system: You are a helpful assistant.
user:
Analyze the provided spectrum to determine if it is a **White Dwarf (WD)**.

A White Dwarf spectrum is defined by its **extreme purity** (due to gravitational settling) and/or **extreme pressure broadening** (due to high surface gravity). You must check for one of the following mutually exclusive signatures:

- **Key Visual Indicators (Check for ONE of these types):**

    - **1. DA-Type Signature (Most Common):**
        - **(Primary Feature):** Extreme pressure broadening (Stark broadening) of the **Hydrogen (H) Balmer lines**.
        - **(Key Lines):** $H\beta$ (approx. $4861$ Å) and $H\gamma$ (approx. $4340$ Å). $H\alpha$ (approx. $6563$ Å) will also be present if the wavelength range covers it.
        - **(Line Profile):** This is the **defining feature**. The lines are **NOT** sharp. They appear as massive, **extremely broad and deep "troughs" or "dips"** in the spectrum, often hundreds of Ångströms wide. The continuum will appear to "scoop" down at these wavelengths.
        - **(Distinction):** Normal A-type or B-type stars have *narrow* and *sharp* Hydrogen lines. A DA White Dwarf's lines are unmistakably "smeared" or "blurry" from pressure.

    - **2. DB-Type Signature:**
        - **(Primary Feature):** Broad absorption lines from **Neutral Helium (He I)**. The spectrum must lack any visible Hydrogen lines.
        - **(Key Lines):** Look for broad absorption near $4471$ Å, $4921$ Å, and $5876$ Å.
        - **(Line Profile):** These lines are also significantly pressure-broadened, appearing much wider than they would in a normal B-type main-sequence star.

    - **3. DC-Type Signature:**
        - **(Primary Feature):** A **featureless continuous spectrum**.
        - **(Line Profile):** The spectrum is a smooth curve with **no significant absorption or emission lines**.
        - **(Key Confirmation):** The continuum is almost always **blue or white**, indicating a hot object. This signature implies the atmosphere is so pure (or so cool) that no spectral lines are visible in the optical range. Its WD identity is confirmed by its extremely low intrinsic brightness (high absolute magnitude).

    - **4. DZ-Type Signature (Metal-Polluted):**
        - **(Primary Feature):** **Isolated, narrow metal absorption lines** on an otherwise featureless (DC-like) continuum.
        - **(Key Lines):** The **Calcium (Ca II) H & K doublet** (approx. **$3934$ Å** and **$3968$ Å**) is the most common and defining feature.
        - **(Line Profile):** These lines are "out of place." They are *not* part of a "forest" of thousands of lines. This signature is evidence of recent *accretion* (pollution) from rocky debris.
        - **(Distinction):** Normal G/K/M stars have a *dense forest* of thousands of metal lines. A DZ has a *clean* continuum with *only a few* strong metal lines.

    - **5. DQ-Type Signature (Carbon-Polluted):**
        - **(Primary Feature):** Absorption bands from **Carbon (C₂ "Swan Bands" or atomic C I)**.
        - **(Key Lines - C₂):** Look for bandheads with a "saw-tooth" shape near $5635$ Å, **$5165$ Å** (strongest), and $4737$ Å.
        - **(Key Confirmation):** The underlying **continuum must be blue or white** (hot).
        - **(Distinction):** This is the critical difference from a **Carbon Star**, which has the *exact same* C₂ bands but on an extremely **red, cool** continuum.

- **(Overall Spectrum):**
    - The continuum (overall shape) is typically **blue-sloping** (brighter in the blue than the red), as most white dwarfs are very hot.
    - The spectrum will look "pure" or "simple," dominated by only *one* of the five signatures listed above.

Think first, call **spectral_visualization_tool** if needed to examine features in detail, then provide your final answer. Your response must adhere to the following strict rules:
1.  **Overall Structure:** Your response must follow the format `<think>...</think> <tool_call>...</tool_call> (if a tool is used) <answer>...</answer>`.
2.  **Tool Usage Constraint:** You may only make **one** tool call per turn.
3.  **Final Answer Format:** In the `<answer>` tag, your conclusion must be inside a `\boxed{}` command (e.g., `\boxed{YES}` or `\boxed{NO}`), followed by your justification.

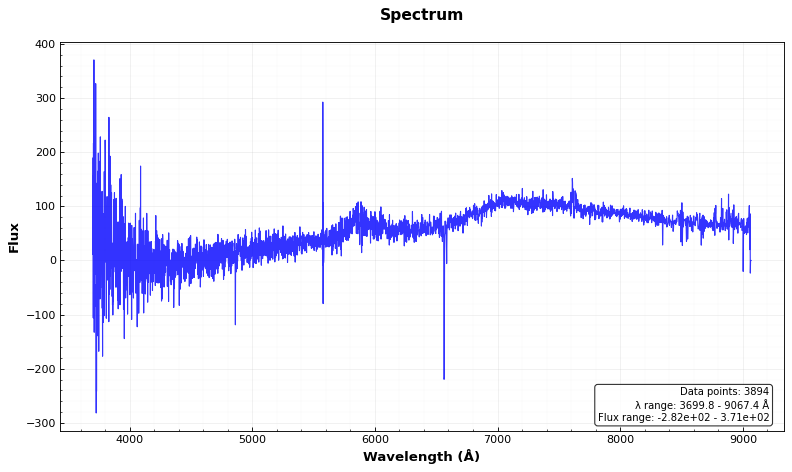
Answer: NO